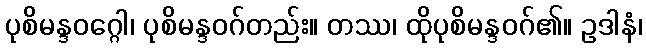
ပုစိမန္ဒဝဂ္ဂေါ၊ ပုစိမန္ဒဝဂ်တည်း။ တဿ၊ ထိုပုစိမန္ဒဝဂ်၏။ ဥဒါနံ၊